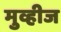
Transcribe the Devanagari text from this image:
मुव्हीज